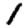
Digit: 1